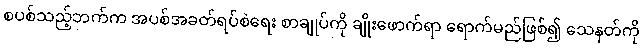
စပစ်သည့်ဘက်က အပစ်အခတ်ရပ်စဲရေး စာချုပ်ကို ချိုးဖောက်ရာ ရောက်မည်ဖြစ်၍ သေနတ်ကို